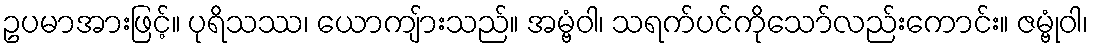
ဥပမာအားဖြင့်။ ပုရိသဿ၊ ယောကျ်ားသည်။ အမ္ဗံဝါ၊ သရက်ပင်ကိုသော်လည်းကောင်း။ ဇမ္ဗုံဝါ၊